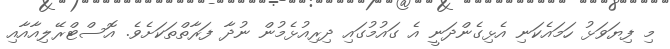
މި ފިޔަވަޅު ހަމައެކަނި އެޅިގެންދަނީ އެ ގައުމުގައި ދިރިއުޅެމުން ނުދާ ފަރާތްތަކަށެވެ. އޮސްޓްރޭލިއާއާއި